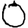
Digit: 0